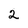
Character: 2